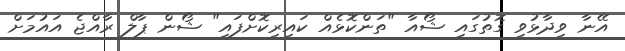
އޭނާ ވިދާޅުވި ގޮތުގައި ޝޯއާ "ތަންކޮޅެއް ކައިރިކޮށްފައި" ޝޯން ޕާލް ރާއްޖެ އައުމަށް